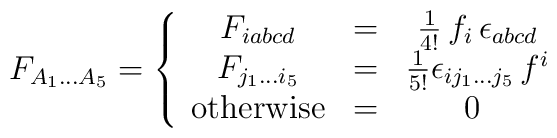
F_{A_1 \dots A_5} =\left\{ \begin{array}{ccc}    F_{i abcd} & = & \frac {1} {4!} \, f_i \, \epsilon_{abcd} \\    F_{ j_1\dots i_5}  & = & \frac{1}{5!} \epsilon_{i j_1\dots j_5} \, f^i \\    \mbox{otherwise} & = & 0 \  \end{array} \right.